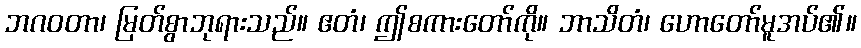
ဘဂဝတာ၊ မြတ်စွာဘုရားသည်။ ဧတံ၊ ဤစကားတော်ကို။ ဘာသိတံ၊ ဟောတော်မူအပ်၏။